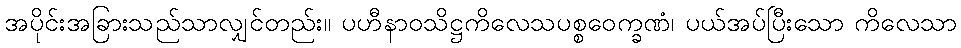
အပိုင်းအခြားသည်သာလျှင်တည်း။ ပဟီနာဝသိဋ္ဌကိလေသပစ္စဝေက္ခဏံ၊ ပယ်အပ်ပြီးသော ကိလေသာ